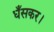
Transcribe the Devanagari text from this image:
धँसकर।